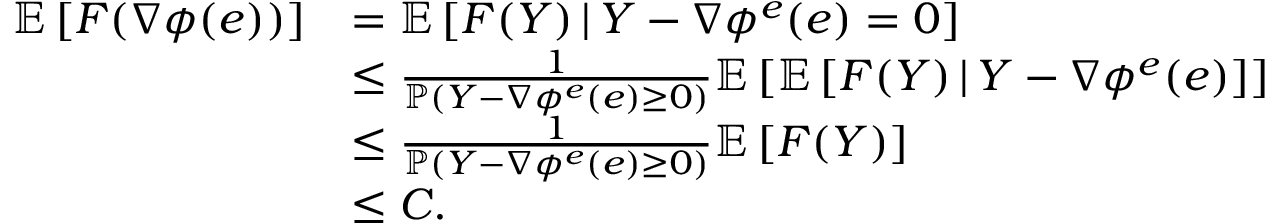
\begin{array} { r l } { \mathbb { E } \left[ F ( \nabla \phi ( e ) ) \right] } & { = \mathbb { E } \left[ F ( Y ) \, | \, Y - \nabla \phi ^ { e } ( e ) = 0 \right] } \\ & { \leq \frac { 1 } { \mathbb { P } \left( Y - \nabla \phi ^ { e } ( e ) \geq 0 \right) } \mathbb { E } \left[ \mathbb { E } \left[ F ( Y ) \, | \, Y - \nabla \phi ^ { e } ( e ) \right] \right] } \\ & { \leq \frac { 1 } { \mathbb { P } \left( Y - \nabla \phi ^ { e } ( e ) \geq 0 \right) } \mathbb { E } \left[ F ( Y ) \right] } \\ & { \leq C . } \end{array}